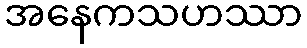
အနေကသဟဿာ